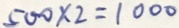
5 0 0 \times 2 = 1 0 0 0